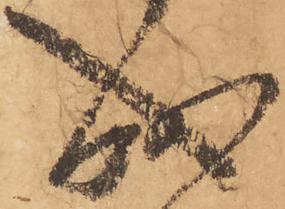
成